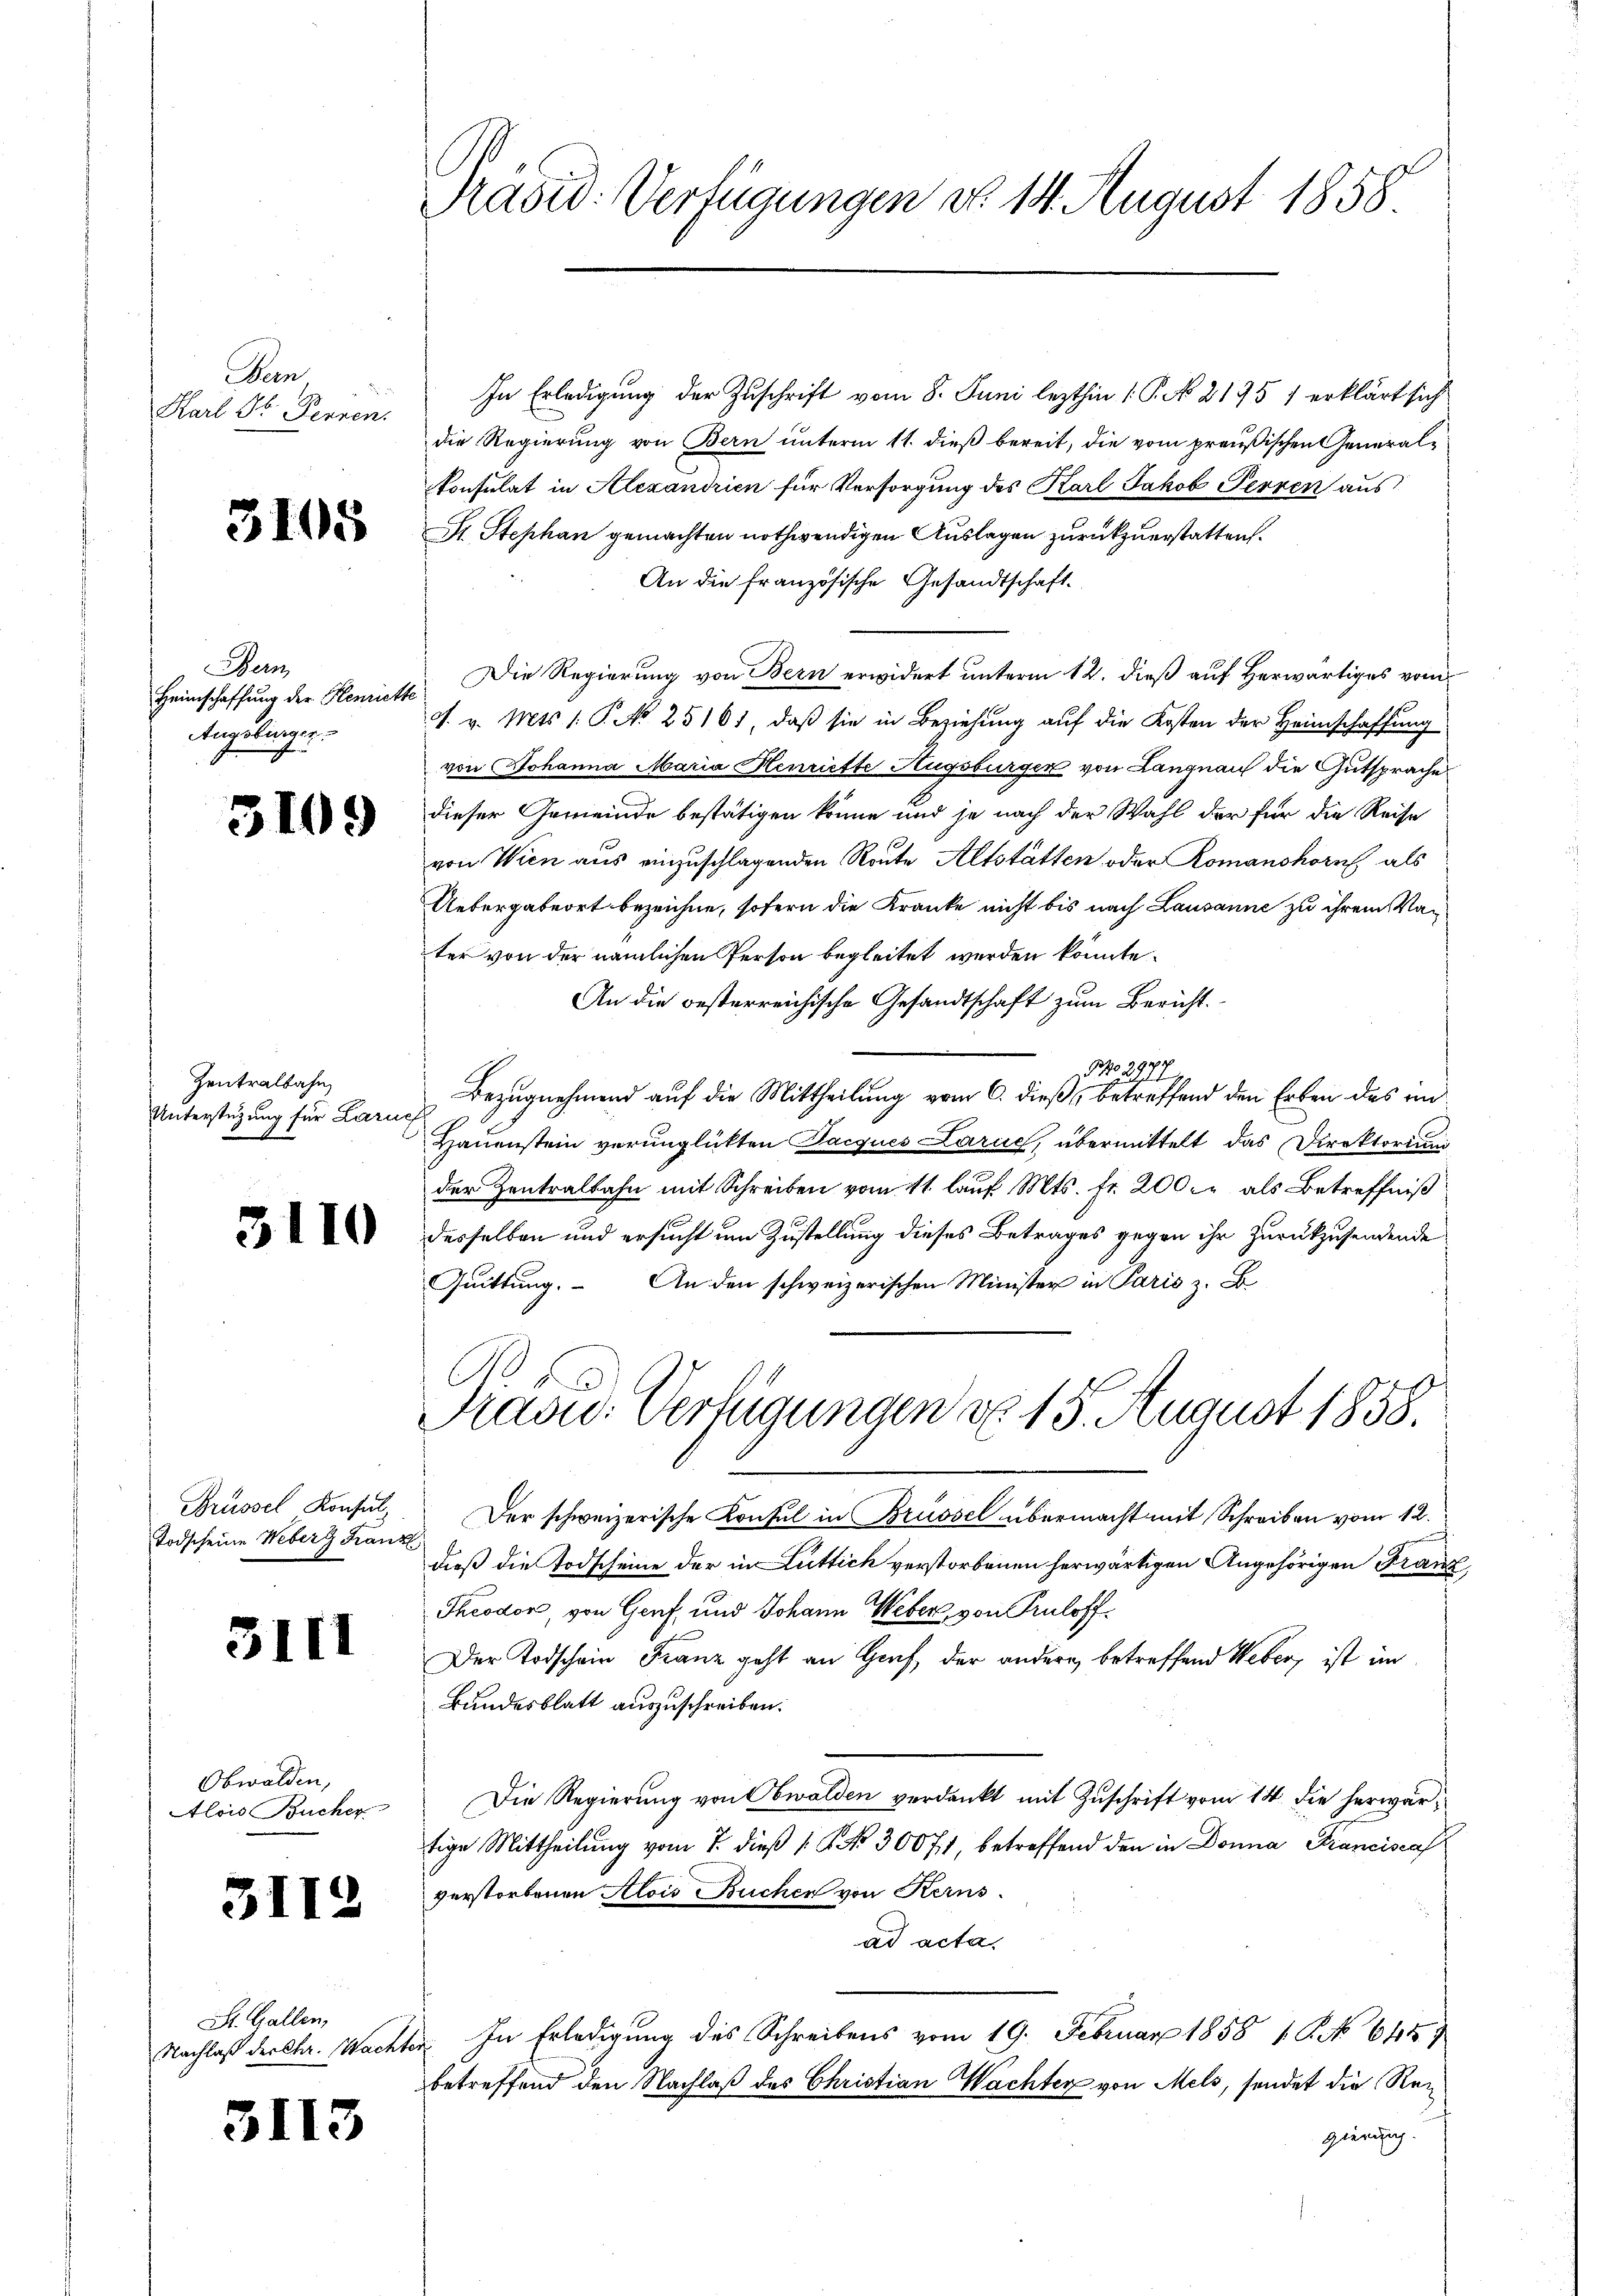
Been
Karl St. Perren.

3105

Bern,
Heimschaffung der Henrieth
Angelinger.

3109

Zentralbahn
Unterstüzung für Laruef
21

3110

Grüssel Konsul
Todscheine Weberg Franz

3III

Obwalden,
Alois Bucher

3112

St. Gallen,
Nachlaß der Chr. Macht

3113

Präsid. Verfügungen d. 14. August 1858

In Erledigung der Zuschrift vom 8. Juni lezthin 1 P. No 21757 erklärt sich
die Regierung von Bern unterm 11. dieß bereit, die vom preußischen General¬
Konsulat in Alexandrien für Versorgung des Karl Jakob Perren aus
St. Stephan gemachten nothwendigen Auslagen zurückzuerstatten.
An die französische Gesandtschaft.
Die Regierung von Bern erwidert unterm 12. dieß auf Herwärtiges vom
A. v. Mts. 1. P. No 25161, daß sie in Beziehung auf die Kosten der Heimschaffung
von Johanna Maria Henriefte Augsburger von Langnau die Gutsprache
dieser Gemeinde bestätigen könne und je nach der Wahl der für die Reise
von Wien aus einzuschlagenden Route Altstätten oder Romanshorn als
Untergabeort bezeichne, sofern die Kranke nicht bis nach Lausanne zu ihrem Vater von der nämlichen Person begleitet werden könnte.
An die besterreichische Gesandtschaft zum Bericht.
9 No 2977
Bezugnehmend auf die Mittheilung vom 6. dieß betreffend den Erben des an¬
Hauenstein verunglückten Jacques Larue, übermittelt das Direktorium
der Zentralbahn mit Schreiben vom 11. lauf Mts. fr. 200. als Betreffniß
desselben und ersucht um Zustellung dieses Betrages gegen ihr zurückzusendende
Quittung. An den schweizerischen Minister in Paris z. B.
C
Prasid. Verfügungen d. 15. August 1858.
Der schweizerische Konsul in Brüssel übermacht mit Schreiben vom 12.
dieß die Todscheine der in Luttich verstorbenen herwärtigen Angehörigen Franz
Theodor von Genf und Johann Weber, von Puloff
Der Todschein Franz geht an Graf, der andern betreffend Weber, ist im
Bundesblatt auszuschreiben.
Die Regierung von Obwalden verdankt mit Zuschrift vom 14. die herwärtige Mittheilung vom 7. dieß 1 No 30071 betreffend den in Donna Franciscal
verstorbenen Alois Buchen von Kerns
ad acta.
In Erledigung des Schreibens vom 19. Februar 1858 1 No 6457
betreffend den Nachlaß des Christian Wachter von Mels, sendet die Reigierung.